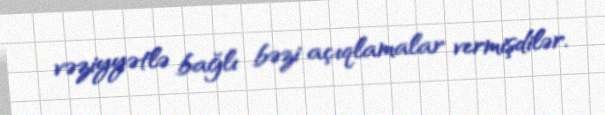
vəziyyətlə bağlı bəzi açıqlamalar vermişdilər.